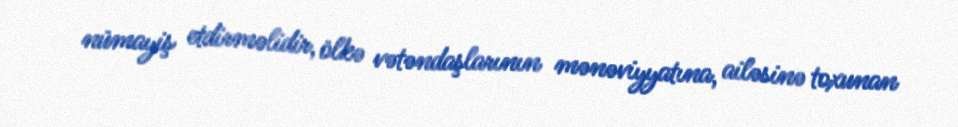
nümayiş etdirməlidir, ölkə vətəndaşlarının mənəviyyatına, ailəsinə toxunan